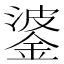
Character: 錃